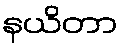
နယိတာ